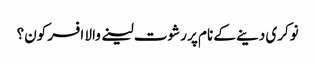
نوکری دینے کے نام پر رشوت لینے والا افسر کون؟